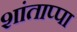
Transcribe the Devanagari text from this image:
शांताप्पा